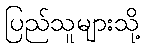
ပြည်သူများသို့